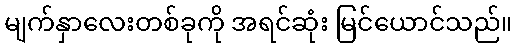
မျက်နှာလေးတစ်ခုကို အရင်ဆုံး မြင်ယောင်သည်။